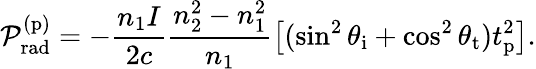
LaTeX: \mathcal{P}_{\mathrm{rad}}^{(\mathrm{p})}=-\frac{n_{1}I}{2c}\frac{n_{2}^{2}-n_{1}^{2}}{n_{1}}\left[(\sin^{2}\theta_{\mathrm{i}}+\cos^{2}\theta_{\mathrm{t}})t_{\mathrm{p}}^{2}\right].